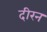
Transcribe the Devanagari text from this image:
दीरन